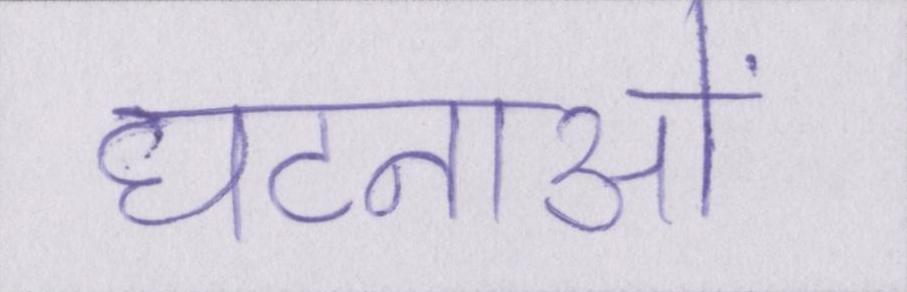
घटनाओं